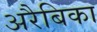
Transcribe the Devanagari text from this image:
अरैबिका